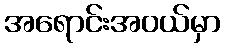
အရောင်းအဝယ်မှာ